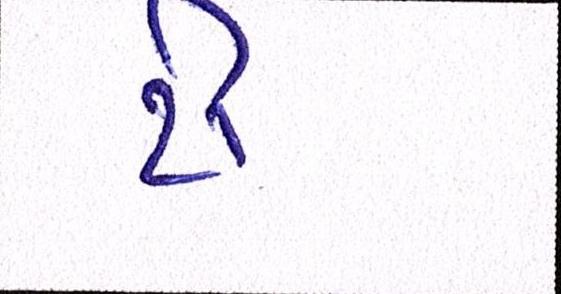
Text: ટી